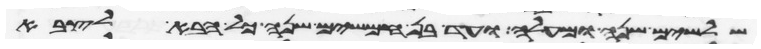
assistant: שלשים שנה ומעלה ועד בן חמשים שנה כל הבא לצבא